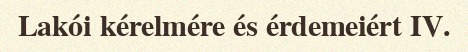
Lakói kérelmére és érdemeiért IV.